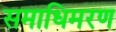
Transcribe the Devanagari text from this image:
समाधिमरण